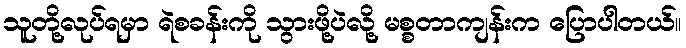
သူတို့လုပ်ရမှာ ရဲစခန်းကို သွားဖို့ပဲလို့ မစ္စတာကျန်းက ပြောပါတယ်။